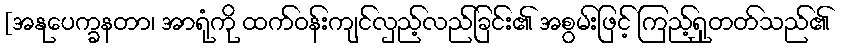
[အနုပေက္ခနတာ၊ အာရုံကို ထက်ဝန်းကျင်လှည့်လည်ခြင်း၏ အစွမ်းဖြင့် ကြည့်ရှုတတ်သည်၏